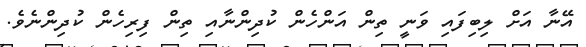
އޭނާ އަށް ލިބިފައި ވަނީ ތިން އަންހެން ކުދިންނާއި ތިން ފިރިހެން ކުދިންނެވެ.